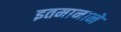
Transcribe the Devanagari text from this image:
इतमानाने